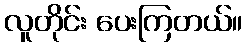
လူတိုင်း ပေးကြတယ်။